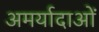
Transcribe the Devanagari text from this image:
अमर्यादाओं